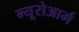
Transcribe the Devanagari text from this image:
न्यूरोआर्म